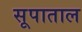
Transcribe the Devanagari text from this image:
सूपाताल